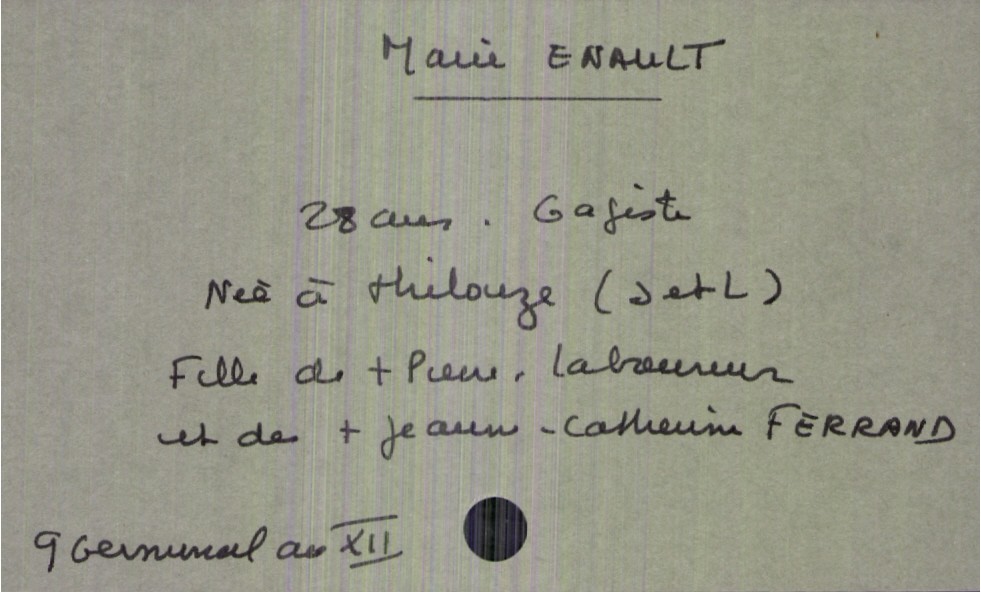
type_acte: Décès
année: an XII
mois: germinal
jour: 9
défunt_nom: Enault
défunt_prénom: Marie
défunt_sexe: F
défunt_âge: 28 ans
défunt_profession: gagiste
défunt_lieu_de_naissance: Thilouze (Indre et Loire)
père_défunt_nom: Enault
père_défunt_prénom: Pierre
père_défunt_profession: laboureur
père_défunt_statut: décédé
mère_défunt_nom: Ferrand
mère_défunt_prénom: Jeanne-Catherine
mère_défunt_statut: décédée